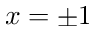
x = \pm 1